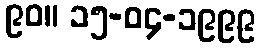
၉၀။ ၁၅-၀၄-၁၉၉၉